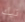
نيك